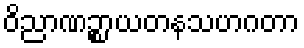
ဝိညာဏဉ္စာယတနသဟဂတာ